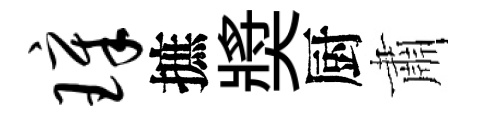
璋摭奬厨肅